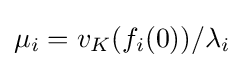
\mu _{i}=v_{K}(f_{i}(0))/\lambda _{i}